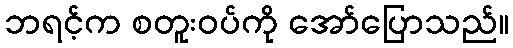
ဘရင့်က စတူးဝပ်ကို အော်ပြောသည်။